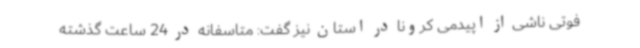
فوتی ناشی از اپیدمی کرونا در استان نیز گفت: متاسفانه در 24 ساعت گذشته